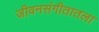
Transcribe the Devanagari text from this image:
जीवनसंगीतातला